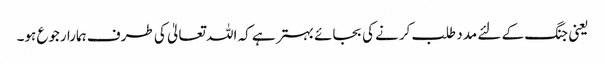
یعنی جنگ کے لئے مدد طلب کرنے کی بجائے بہتر ہے کہ اللہ تعالیٰ کی طرف ہمارا رجوع ہو۔